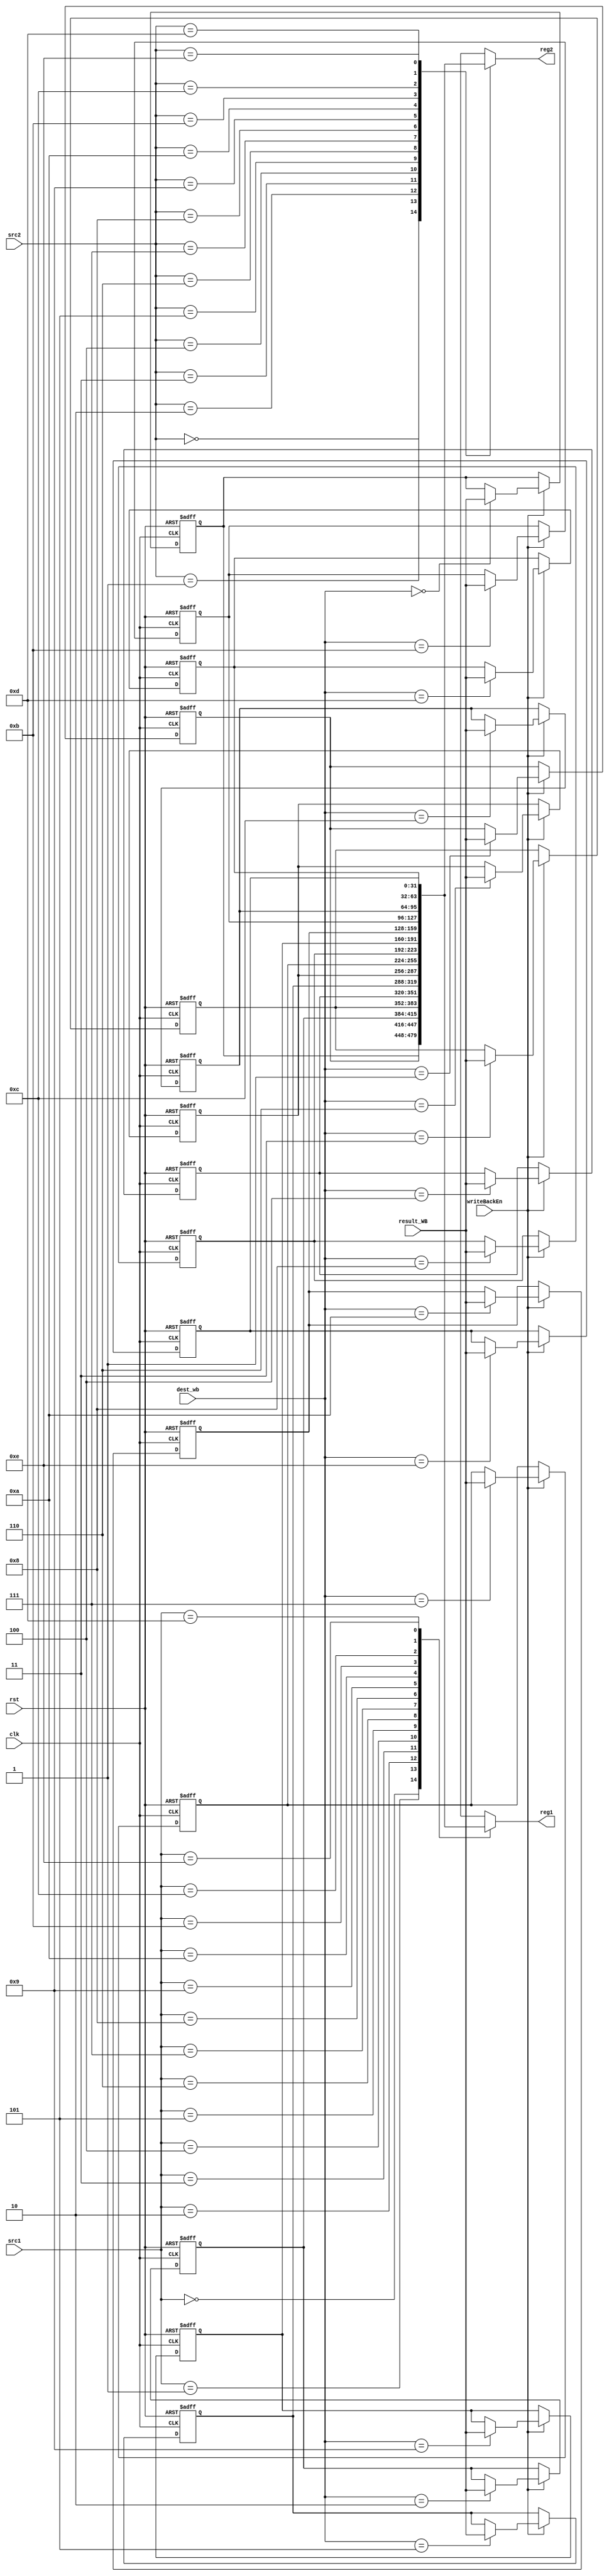
`timescale 1ns / 1ns

`define WORD_WIDTH 32
`define REG_FILE_ADDRESS_LEN 4
`define REG_FILE_SIZE 16
`define MEMORY_DATA_LEN 8
`define MEMORY_SIZE 2048
`define SIGNED_IMM_WIDTH 24
`define SHIFTER_OPERAND_WIDTH 12

`define INSTRUCTION_LEN         32
`define INSTRUCTION_MEM_SIZE    2048
`define DATA_MEM_SIZE 64

`define LSL_SHIFT 2'b00
`define LSR_SHIFT 2'b01
`define ASR_SHIFT 2'b10
`define ROR_SHIFT 2'b11

`define MODE_ARITHMETIC 2'b00
`define MODE_MEM 2'b01
`define MODE_BRANCH 2'b10

`define EX_MOV 4'b0001
`define EX_MVN 4'b1001
`define EX_ADD 4'b0010
`define EX_ADC 4'b0011
`define EX_SUB 4'b0100
`define EX_SBC 4'b0101
`define EX_AND 4'b0110
`define EX_ORR 4'b0111
`define EX_EOR 4'b1000
`define EX_CMP 4'b0100     ///1100
`define EX_TST 4'b0110     ///1110
`define EX_LDR 4'b0010     ///1010
`define EX_STR 4'b0010     ///1010

`define OP_MOV 4'b1101
`define OP_MVN 4'b1111
`define OP_ADD 4'b0100
`define OP_ADC 4'b0101
`define OP_SUB 4'b0010
`define OP_SBC 4'b0110
`define OP_AND 4'b0000
`define OP_ORR 4'b1100
`define OP_EOR 4'b0001
`define OP_CMP 4'b1010
`define OP_TST 4'b1000
`define OP_LDR 4'b0100
`define OP_STR 4'b0100

module Register_File(reg1, reg2, result_WB, src1, src2, dest_wb, writeBackEn, rst, clk);
    input [`WORD_WIDTH-1:0] result_WB;
    input [`REG_FILE_ADDRESS_LEN-1:0] src1, src2, dest_wb;
    input clk, rst, writeBackEn;
    output [`WORD_WIDTH-1:0] reg1, reg2;
    reg [`WORD_WIDTH-1:0] registerFile [0:`REG_FILE_SIZE-2];
    integer i;

    initial begin
        for(i = 0; i < `REG_FILE_SIZE - 1; i = i + 1) 
            registerFile[i] <= i;
    end

    always@(negedge clk, posedge rst)begin
        if(rst)
            for(i = 0; i < `REG_FILE_SIZE - 1; i = i + 1) 
                registerFile[i] <= i;
        else if(writeBackEn)
                registerFile[dest_wb] <= result_WB;
    end

    assign reg1 = registerFile[src1];
    assign reg2 = registerFile[src2];
endmodule